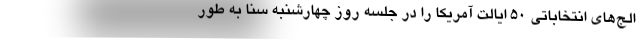
الج‌های انتخاباتی 50 ایالت آمریکا را در جلسه روز چهارشنبه سنا به طور